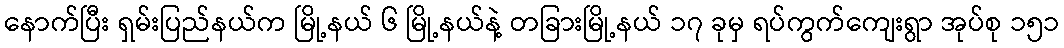
နောက်ပြီး ရှမ်းပြည်နယ်က မြို့နယ် ၆ မြို့နယ်နဲ့ တခြားမြို့နယ် ၁၇ ခုမှ ရပ်ကွက်ကျေးရွာ အုပ်စု ၁၅၁